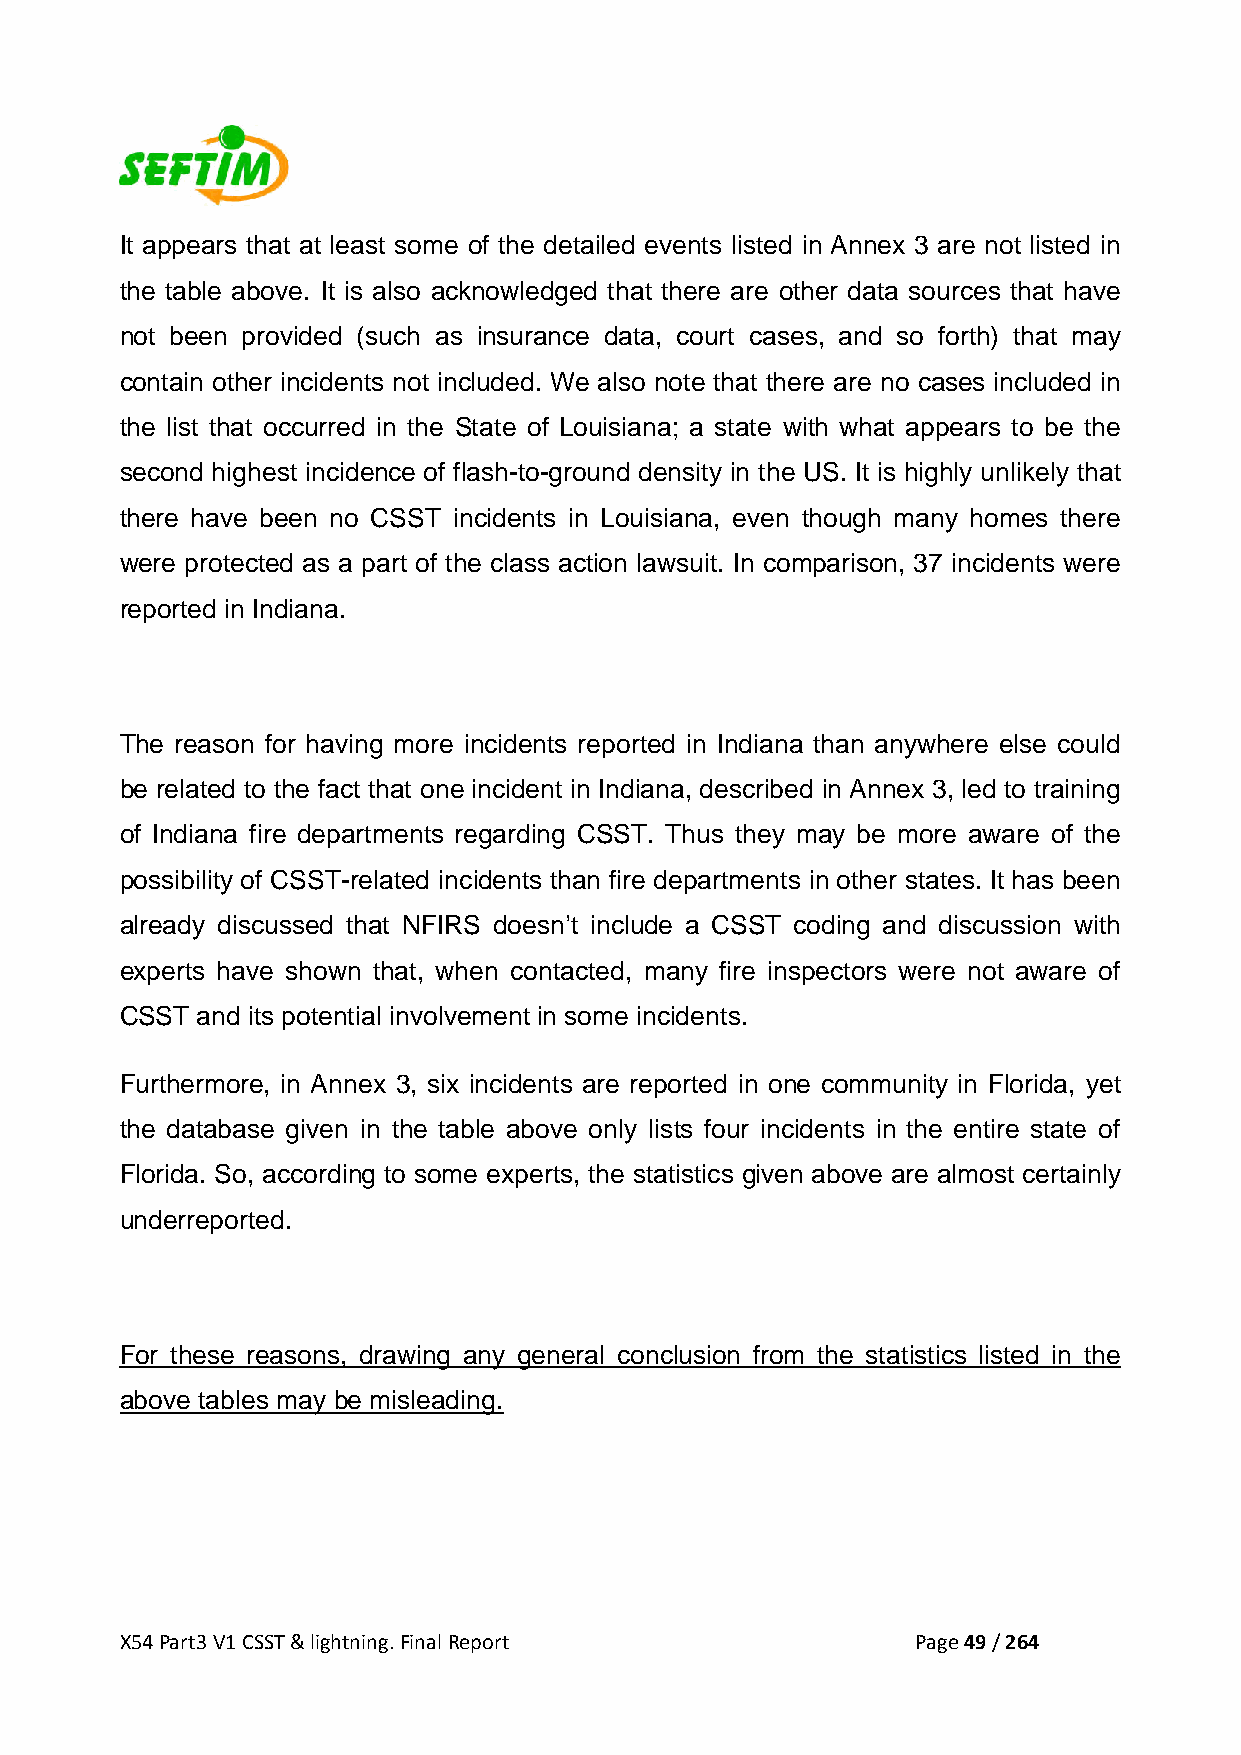
It appears that at least some of the detailed events listed in Annex 3 are not listed in
 the table above. It is also acknowledged that there are other data sources that have
 not been provided (such as insurance data, court cases, and so forth) that may
 contain other incidents not included. We also note that there are no cases included in
 the list that occurred in the State of Louisiana; a state with what appears to be the
 second highest incidence of flash-to-ground density in the US. It is highly unlikely that
 there have been no CSST incidents in Louisiana, even though many homes there
 were protected as a part of the class action lawsuit. In comparison, 37 incidents were
 reported in Indiana.
 The reason for having more incidents reported in Indiana than anywhere else could
 be related to the fact that one incident in Indiana, described in Annex 3, led to training
 of Indiana fire departments regarding CSST. Thus they may be more aware of the
 possibility of CSST-related incidents than fire departments in other states. It has been
 already discussed that NFIRS doesn’t include a CSST coding and discussion with
 experts have shown that, when contacted, many fire inspectors were not aware of
 CSST and its potential involvement in some incidents.
 Furthermore, in Annex 3, six incidents are reported in one community in Florida, yet
 the database given in the table above only lists four incidents in the entire state of
 Florida. So, according to some experts, the statistics given above are almost certainly
 underreported.
 For these reasons, drawing any general conclusion from the statistics listed in the
 above tables may be misleading.
 X54 Part3 V1 CSST & lightning. Final Report          Page 49 / 264